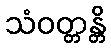
သံဝတ္တန္တိ